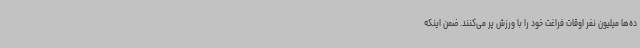
ده‌ها میلیون نفر اوقات فراغت خود را با ورزش پر می‌کنند. ضمن اینکه